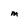
Character: m